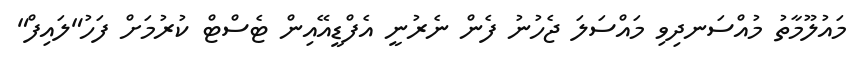
މައުލޫމާތު މުއްސަނދިވި މައްސަލަ ޖެހުނު ފެން ނެރުނީ އެފްޑީއޭއިން ޓެސްޓް ކުރުމަށް ފަހު"ލައިފް"